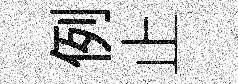
例止